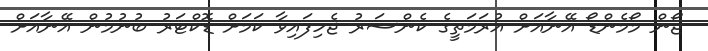
ޖޯން މޯމެންޑޯ އޭނާއަށް އުރަމަތީގެ ކެންސަރު ޖެހިފައިވާ ކަމަށް ޑޮކްޓަރު ބުނުމުން އޭނާއަށް